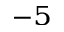
^ { - 5 }